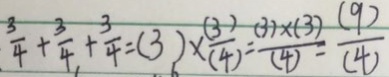
\frac { 3 } { 4 } + \frac { 3 } { 4 } + \frac { 3 } { 4 } = ( 3 ) \times ( \frac { 3 } { 4 } ) = \frac { ( 3 ) \times ( 3 ) } { ( 4 ) } = \frac { ( 9 ) } { ( 4 ) }